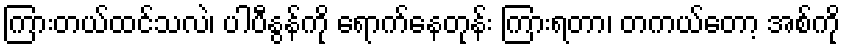
ကြားတယ်ထင်သလဲ၊ ပါပီနွန်ကို ရောက်နေတုန်း ကြားရတာ၊ တကယ်တော့ အစ်ကို